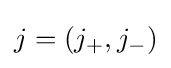
j=(j_{+},j_{-})